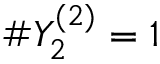
\# Y _ { 2 } ^ { ( 2 ) } = 1